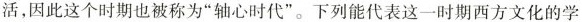
活，因此这个时期也被称为”轴心时代”。下列能代表这一时期西方文化的学